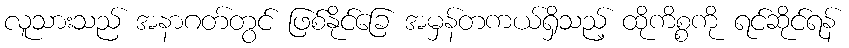
လူသားသည် အနာဂတ်တွင် ဖြစ်နိုင်ခြေ အမှန်တကယ်ရှိသည့် ထိုကိစ္စကို ရင်ဆိုင်ရန်